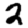
Digit: 2